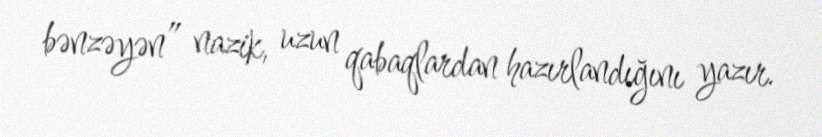
bənzəyən” nazik, uzun qabaqlardan hazırlandığını yazır.